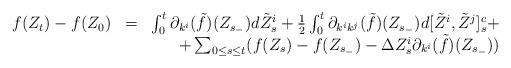
LaTeX: \begin{align*}\begin{array}{rcr}f(Z_t)-f(Z_0)&=&\int_0^t{\partial_{k^i}(\tilde{f})(Z_{s_-})d\tilde{Z}^i_s}+\frac{1}{2} \int_0^t{\partial_{k^ik^j}(\tilde{f})(Z_{s_-})d[\tilde{Z}^i,\tilde{Z}^j]^c_s}+\\&&+\sum_{0 \leq s \leq t}(f(Z_s)-f(Z_{s_-})-\Delta {Z}^i_s\partial_{k^i}(\tilde{f})(Z_{s_-}))\end{array}\end{align*}